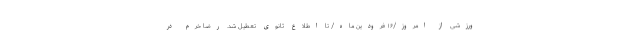
ورزشی از امروز/۱۶ فرودین ماه/ تا اطلاع ثانوی تعطیل شد. رضا خرم در